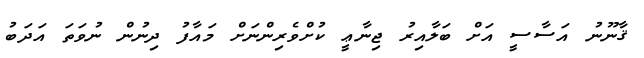
ޤާނޫނު އަސާސީ އަށް ބަލާއިރު ޖިނާޢީ ކުށްވެރިންނަށް މައާފު ދިނުން ނުވަތަ އަދަބު